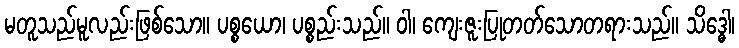
မတူသည်မူလည်းဖြစ်သော။ ပစ္စယော၊ ပစ္စည်းသည်။ ဝါ၊ ကျေးဇူးပြုတတ်သောတရားသည်။ သိဒ္ဓေါ၊